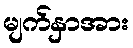
မျက်နှာအား